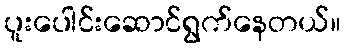
ပူးပေါင်းဆောင်ရွက်နေတယ်။